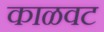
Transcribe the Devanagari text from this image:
काळवट